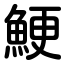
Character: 鯁